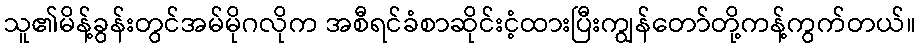
သူ၏မိန့်ခွန်းတွင်အမ်မိုဂလိုက အစီရင်ခံစာဆိုင်းငံ့ထားပြီးကျွန်တော်တို့ကန့်ကွက်တယ်။